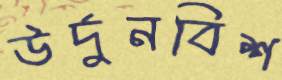
উর্দুনবিশ